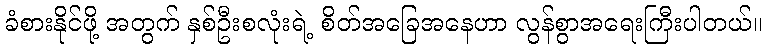
ခံစားနိုင်ဖို့ အတွက် နှစ်ဦးစလုံးရဲ့ စိတ်အခြေအနေဟာ လွန်စွာအရေးကြီးပါတယ်။